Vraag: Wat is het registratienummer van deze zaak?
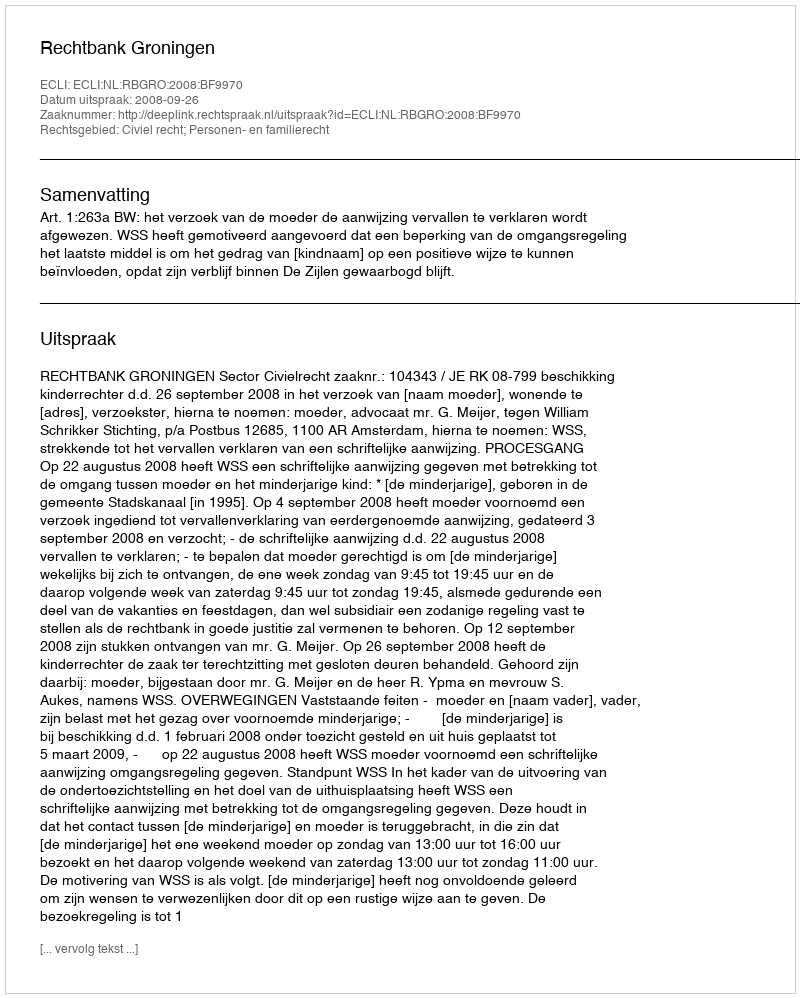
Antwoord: http://deeplink.rechtspraak.nl/uitspraak?id=ECLI:NL:RBGRO:2008:BF9970